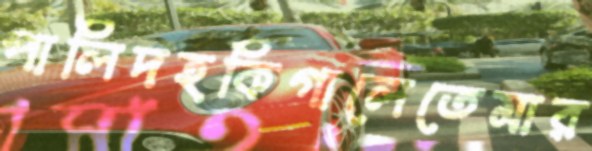
পালিদহকিগালেতেমার